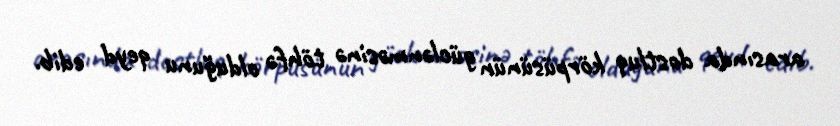
arasında dostluq körpüsünün güclənməsinə töhfə olduğunu qeyd edib.